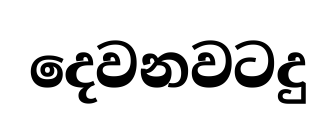
දෙවනවටදු